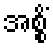
အစ္စိံ